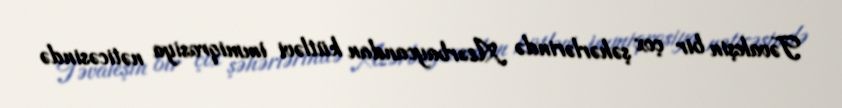
Təvaleşin bir çox şəhərlərində Azərbaycandan kütləvi immiqrasiya nəticəsində